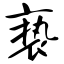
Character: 亵